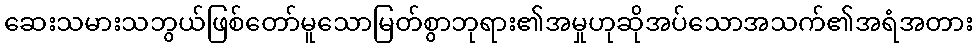
ဆေးသမားသဘွယ်ဖြစ်တော်မူသောမြတ်စွာဘုရား၏အမှုဟုဆိုအပ်သောအသက်၏အရံအတား